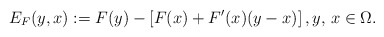
\begin{align*} E_{F}(y,x):= F(y)-\left[ F(x)+F'(x)(y-x)\right],y,\, x\in \Omega.\end{align*}